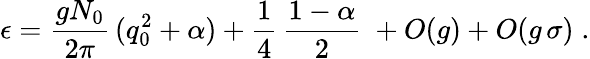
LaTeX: \epsilon=\frac{gN_{0}}{2\pi}\, (q_{0}^{2}+\alpha)+\frac{1}{4}\, \frac{1-\alpha}{2}\; +O(g)+O(g\, \sigma)\; .